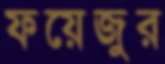
ফয়েজুর